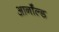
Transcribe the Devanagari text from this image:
आर्नाॅल्ड